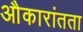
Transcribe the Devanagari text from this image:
औकारांतता